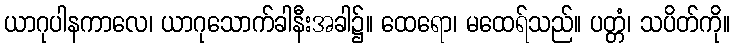
ယာဂုပါနကာလေ၊ ယာဂုသောက်ခါနီးအခါ၌။ ထေရော၊ မထေရ်သည်။ ပတ္တံ၊ သပိတ်ကို။